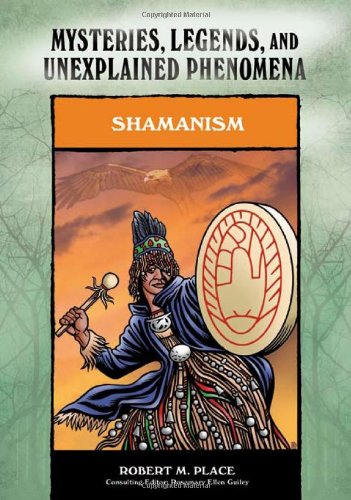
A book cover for Shamanism (Mysteries, Legends, and Unexplained Phenomena); Robert Michael Place; Teen & Young Adult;